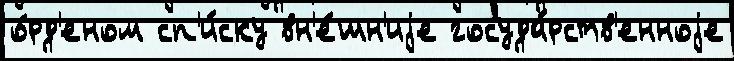
о́рд'еном сп'и́ску вн'е́шн'иjе госуда́рств'енноjе